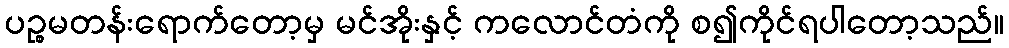
ပဉ္စမတန်းရောက်တော့မှ မင်အိုးနှင့် ကလောင်တံကို စ၍ကိုင်ရပါတော့သည်။